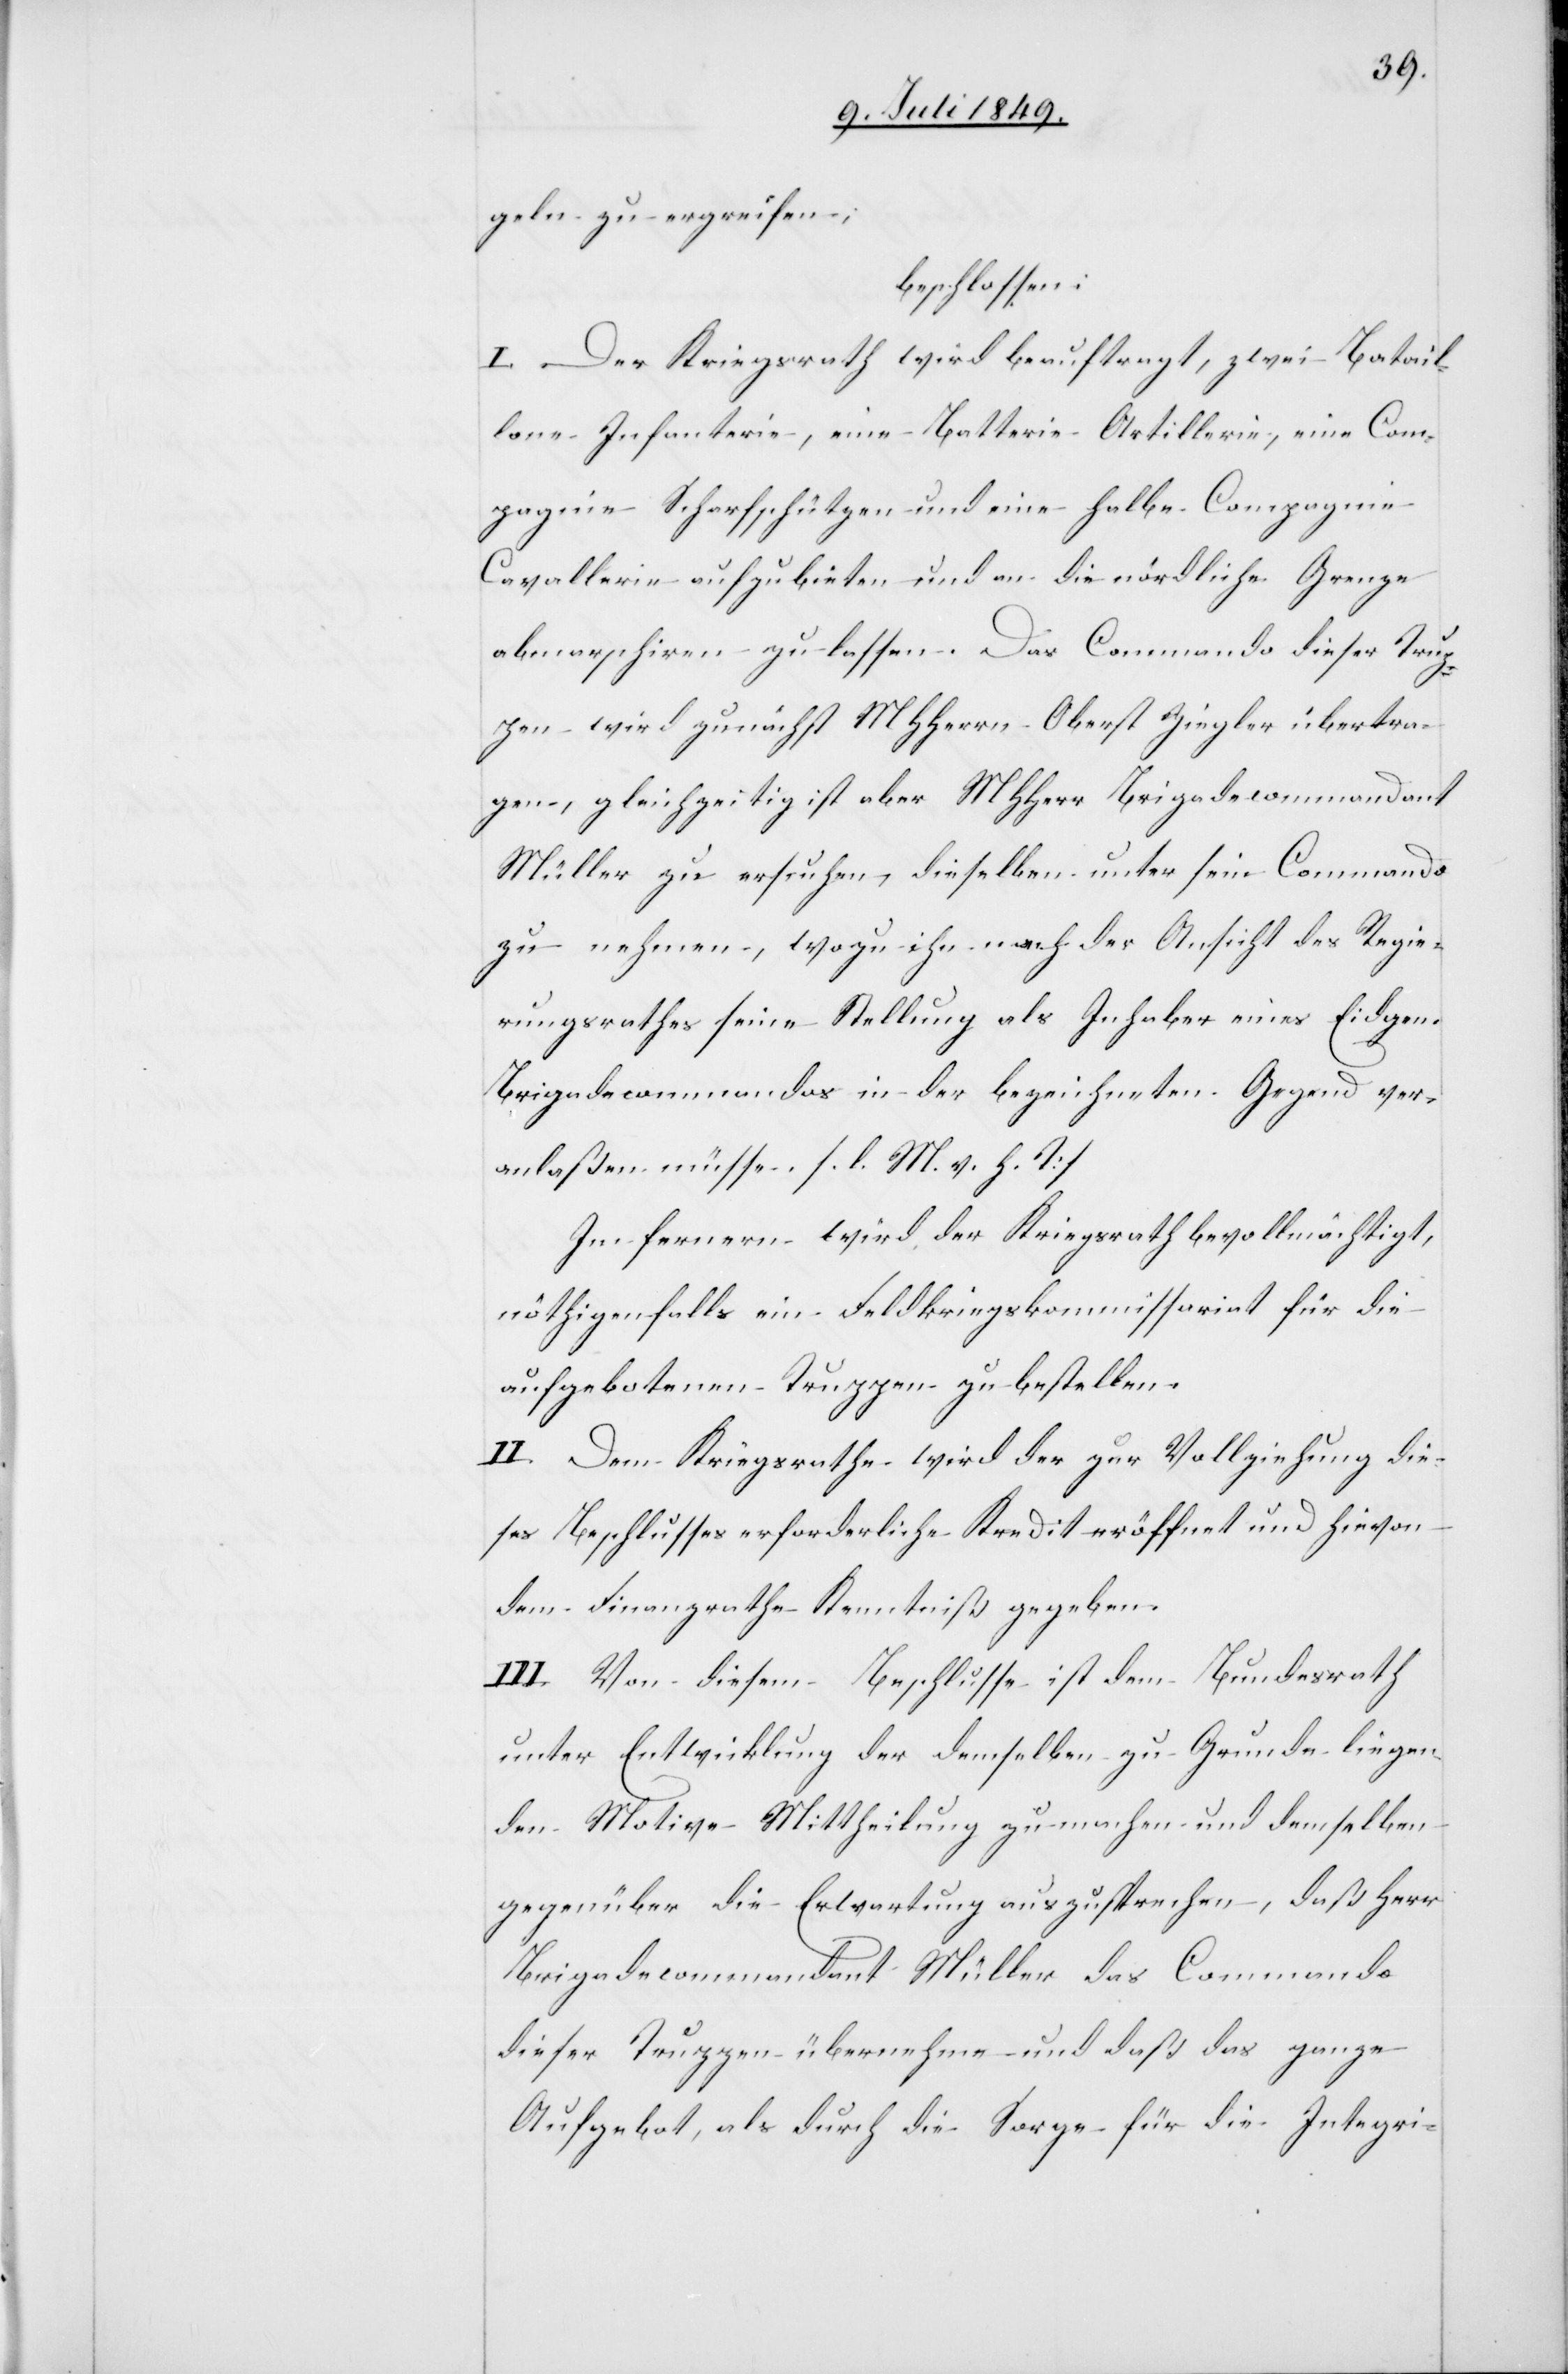
agnie
geln zu ergreifen;
beschlossen:
I. Der Kriegsrath wird beauftragt, zwei Batail¬
lone Infanterie Scharfschützen und eine halbe Comp¬
Cavallerie aufzubieten und an die nördliche Grenze
abmarschiren zu lassen. Das Commando dieser Trup¬
pen wird zunächst MHHerrn Oberst Ziegler übertra¬
gen, gleichzeitig ist aber MHHerr Brigadecommandant
Müller zu ersuchen, dieselben unter sein Commando
zu nehmen, wozu ihn nach der Ansicht des Regie¬
rungsrathes seine Stellung als Inhaber eines Eidgen.
Brigadecommandos in der bezeichneten Gegend ver¬
anlaßen müsse. [l. M. v. h. T]
Im fernern wird der Kriegsrath bevollmächtigt,
nöthigenfalls ein Feldkriegskommissariat für die
aufgebotenen Truppen zu bestellen.
II. Dem Kriegsrathe wird der zur Vollziehung die¬
ses Beschlusses erforderliche Kredit eröffnet und hievon
dem Finanzrathe Kenntniß gegeben.
III. Von diesem Beschlusse ist dem Bundesrath
unter Entwicklung der demselben zu Grunde liegen¬
den Motive Mittheilung zu machen und demselben
gegenüber die Erwartung auszusprechen, daß Herr
Brigadecommandant Müller das Commando
dieser Truppen übernehme und daß das ganze
Aufgebot, als durch die Sorge für die Integri-